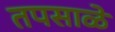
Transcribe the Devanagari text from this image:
तपसाळे